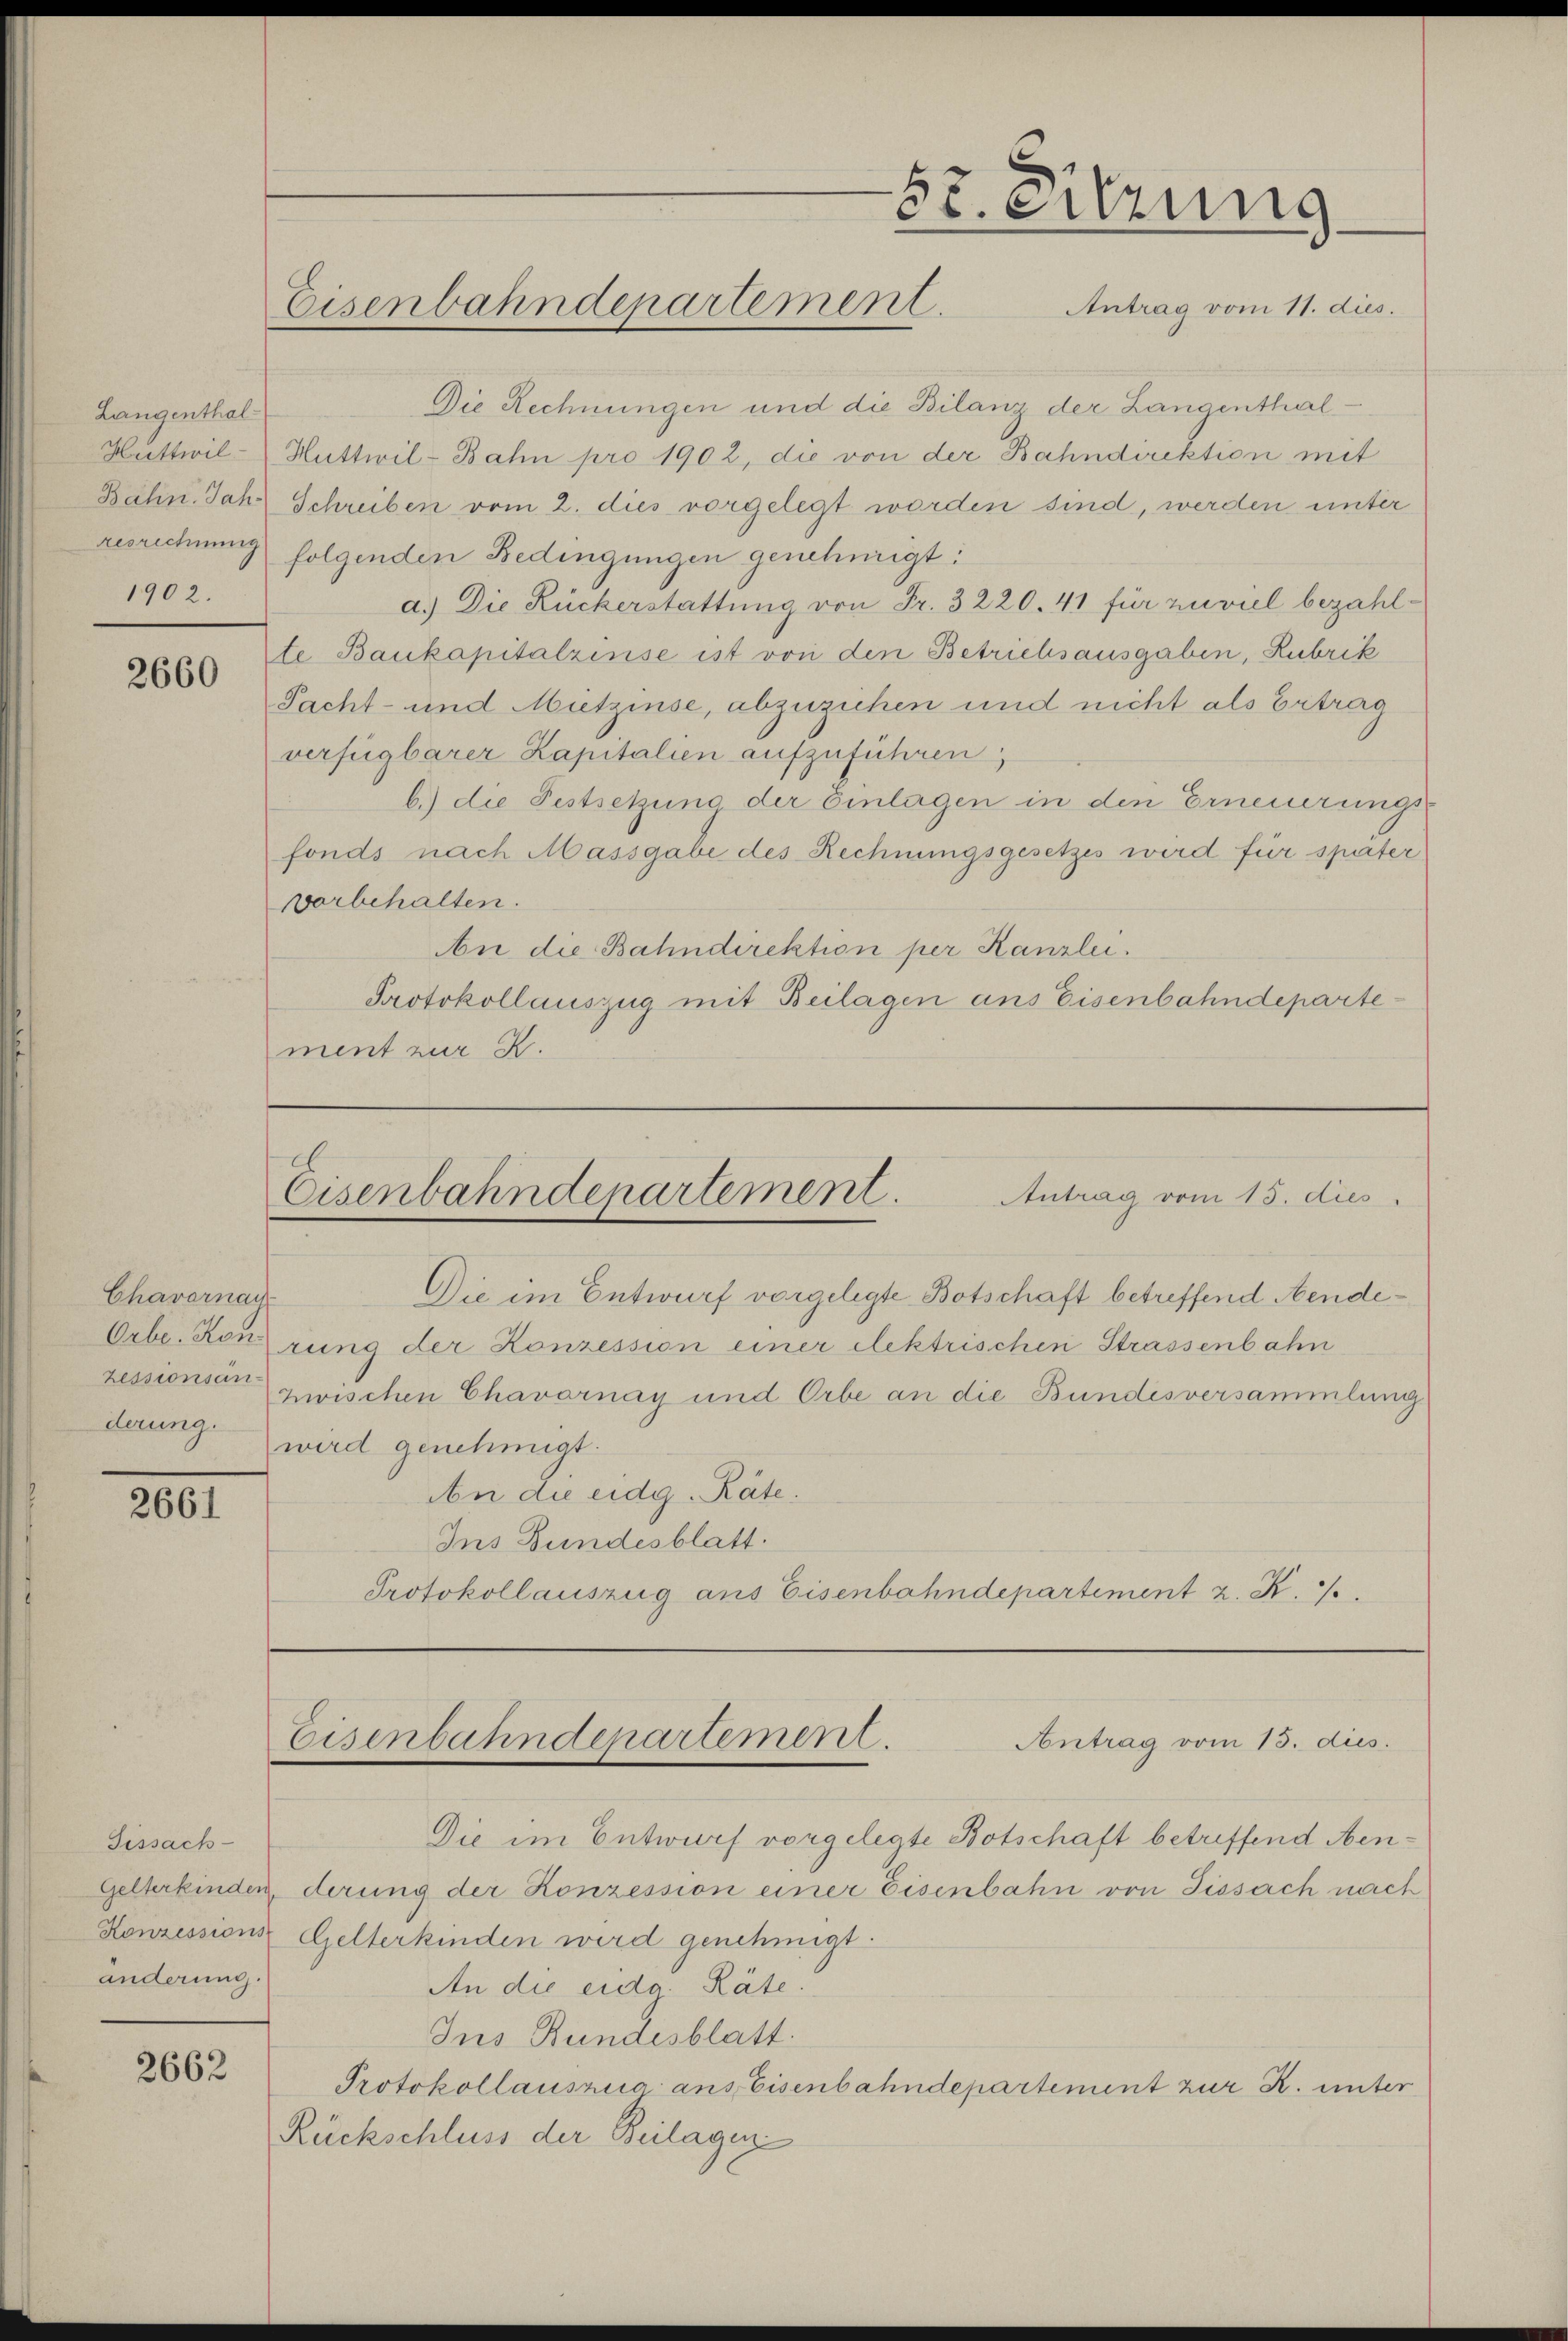
Langenthal
1902.

2660

Chavarnay
Orbe. Kon
derung.

200.

Fissach-
änderung.

2662

52. Sitzung
Antrag vom 11. dies.
Eisenbahndepartement.

Die Rechnungen und die Bilanz der Langenthal
Wattwil-Huttwil-Bahn pro 1902, die von der Bahndirektion mit
Bahn. Jahr Schreiben vom 2. dies vorgelegt worden sind, werden unter
resrechnung folgenden Bedingungen genehmigt:
a.) Die Rückerstattung von Fr. 3220. 41 für zuviel bezahlte Baukapitalzinse ist von den Betrichsausgaben, Rubrik
Pacht- und Mietzinse, abzuziehen und nicht als Ertrag
verfügbarer Kapitalien aufzuführen
b.) die Festsetzung der Einlagen in den Erneuerungs-
fonds nach Massgabe des Rechnungsgesetzes wird für später
vorbehalten.
An die Bahndirektion per Kanzlei.
Protokollauszug mit Beilagen aus Eisenbahndepartement zur K.

e
Antrag vom 15. dies
Eisenbahndepartement.

Die im Entwurf vorgelegte Botschaft betreffend Aenderung der Konzession einer elektrischen Strassenbahn
zessionsar zwischen Chavarnay und Orbe an die Bundesversammlung
wird genehmigt.
An die eidg. Räte.
Ins Bundesblatt.
Protokollauszug aus Eisenbahndepartement z. K.

Eisenbahndepartement.
Antrag vom 13. dies

Die im Entwurf vorgelegte Botschaft betriffend Nen¬
Gelterkinden, derung der Konzession einer Eisenbahn von Tissach nach
Konzessions Gelterkinden wird genehmigt.
An die eidg. Räte.
Ins Bundesblatt.
Protokollauszug aus Eisenbahndepartement zur K. unter
Rückschluss der Beilagen